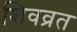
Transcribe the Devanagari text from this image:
शिवव्रत